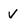
Character: v